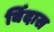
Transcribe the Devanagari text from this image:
विंदास